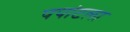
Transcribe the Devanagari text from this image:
पपांटला